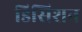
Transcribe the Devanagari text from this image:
डिसिशन